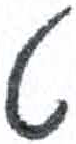
אות: ט